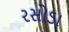
રસોડા